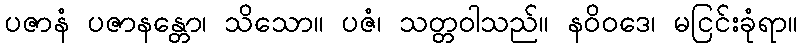
ပဇာနံ ပဇာနန္တော၊ သိသော။ ပဇံ၊ သတ္တဝါသည်။ နဝိဝဒေ၊ မငြင်းခုံရာ။